Problem: 7 × 4 = ?
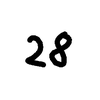
Handwritten answer: 28